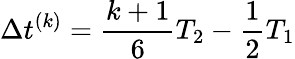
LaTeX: \Delta t^{(k)}=\frac{k+1}{6}T_{2}-\frac{1}{2}T_{1}